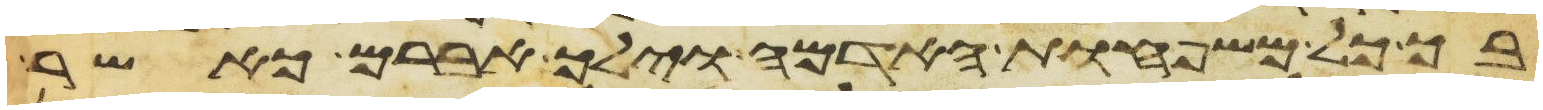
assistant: בך כל משפחות האדמה וילך אברם כאשר